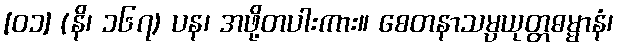
[၀၁] (နိ၊ ၁၆၇) ပန၊ အဖို့တပါးကား။ စေတနာသမ္ပယုတ္တဓမ္မာနံ၊